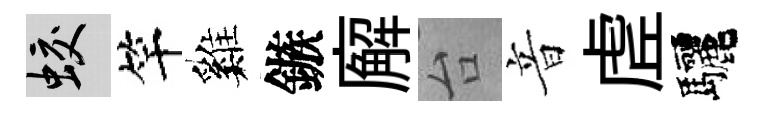
蛟竿巍鏃廨台音虗驅